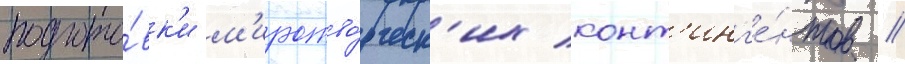
подгото́вк'и м'иротво́рческ'их конт'инг'е́нтов //